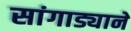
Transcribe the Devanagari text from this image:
सांगाड्याने